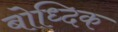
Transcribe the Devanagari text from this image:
बोध्दिक